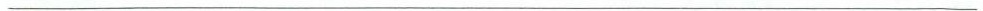
___